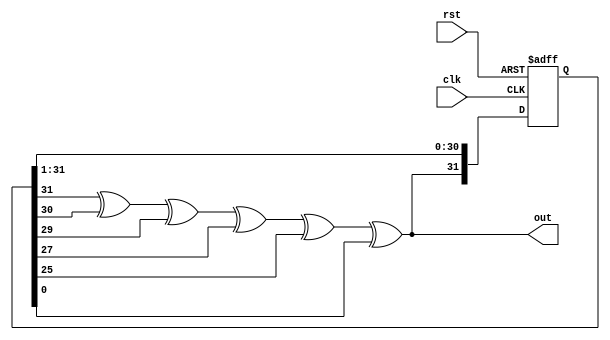
// Pseudo-random sequence

// afinogeev

module PRS (
	input clk,
	input rst,
	output out
);

parameter INIT_REG = 32'h974CA351;

wire next_bit;
reg [31:0]shift_reg;
assign out = next_bit;
assign next_bit = 
			shift_reg[31] ^
			shift_reg[30] ^
			shift_reg[29] ^
			shift_reg[27] ^
			shift_reg[25] ^
			shift_reg[ 0];
always @(posedge clk or posedge rst) begin
	if(rst) 
		shift_reg <= INIT_REG;
	else 
		shift_reg <= { next_bit, shift_reg[31:1] };
end

endmodule